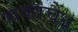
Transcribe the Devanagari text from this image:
चकाचैंध